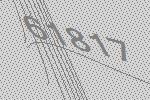
61817